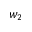
w _ { 2 }